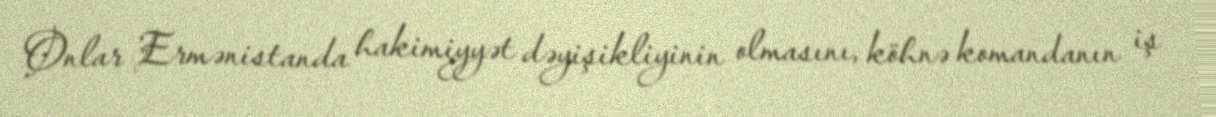
Onlar Ermənistanda hakimiyyət dəyişikliyinin olmasını, köhnə komandanın iş